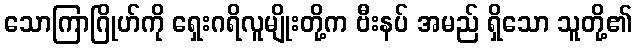
သောကြာဂြိုဟ်ကို ရှေးဂရိလူမျိုးတို့က ဗီးနပ် အမည် ရှိသော သူတို့၏